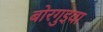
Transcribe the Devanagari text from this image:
बोरगुइवा